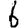
Digit: 6